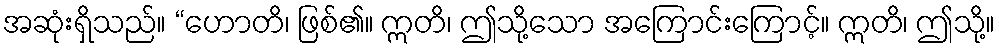
အဆုံးရှိသည်။ “ဟောတိ၊ ဖြစ်၏။ ဣတိ၊ ဤသို့သော အကြောင်းကြောင့်။ ဣတိ၊ ဤသို့။